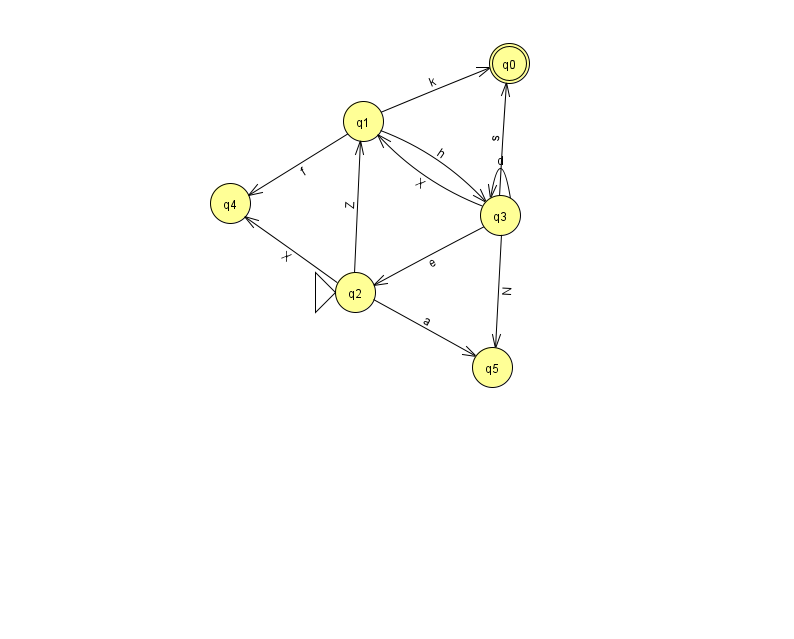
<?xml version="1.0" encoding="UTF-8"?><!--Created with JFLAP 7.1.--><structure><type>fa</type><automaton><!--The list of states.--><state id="0" name="q0"><x>509.0</x><y>50.0</y><final/></state><state id="1" name="q1"><x>363.0</x><y>108.0</y></state><state id="2" name="q2"><x>355.0</x><y>279.0</y><initial/></state><state id="3" name="q3"><x>500.0</x><y>202.0</y></state><state id="4" name="q4"><x>230.0</x><y>190.0</y></state><state id="5" name="q5"><x>492.0</x><y>354.0</y></state><!--The list of transitions.--><transition><from>3</from><to>5</to><read>N</read></transition><transition><from>1</from><to>0</to><read>k</read></transition><transition><from>3</from><to>3</to><read>d</read></transition><transition><from>1</from><to>4</to><read>f</read></transition><transition><from>3</from><to>2</to><read>e</read></transition><transition><from>1</from><to>3</to><read>h</read></transition><transition><from>2</from><to>1</to><read>Z</read></transition><transition><from>3</from><to>1</to><read>X</read></transition><transition><from>2</from><to>4</to><read>X</read></transition><transition><from>3</from><to>0</to><read>s</read></transition><transition><from>2</from><to>5</to><read>a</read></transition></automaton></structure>